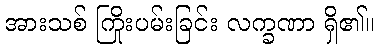
အားသစ် ကြိုးပမ်းခြင်း လက္ခဏာ ရှိ၏။